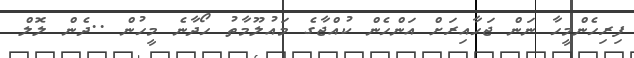
ފިރިހެންމީހާ ނަން ޖަހާއިރަށް އަންހެން ކުއްޖާގެ މައުލޫމާތު ހޯދާނެ މީހުން ..ދެން ލޮލް